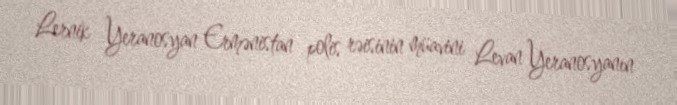
Lernik Yeranosyan Ermənistan polis rəisinin müavini Levan Yeranosyanın